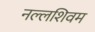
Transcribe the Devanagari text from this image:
नल्लशिवम